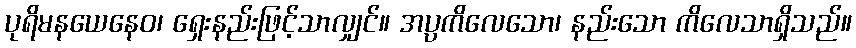
ပုရိမနယေနေဝ၊ ရှေးနည်းဖြင့်သာလျှင်။ အပ္ပကိလေသော၊ နည်းသော ကိလေသာရှိသည်။